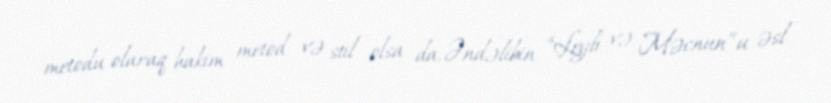
metodu olaraq hakim metod və stil olsa da, Əndəlibin “Leyli və Məcnun”u əsl